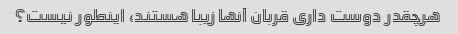
هرچقدر دوست داری قربان آنها زیبا هستند، اینطور نیست؟